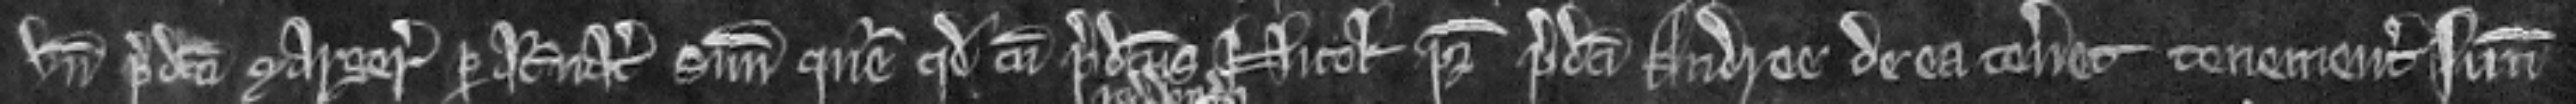
unde predicta Margeria per attornatum suum queritur quod cum predictus Nicolaus pater predicti